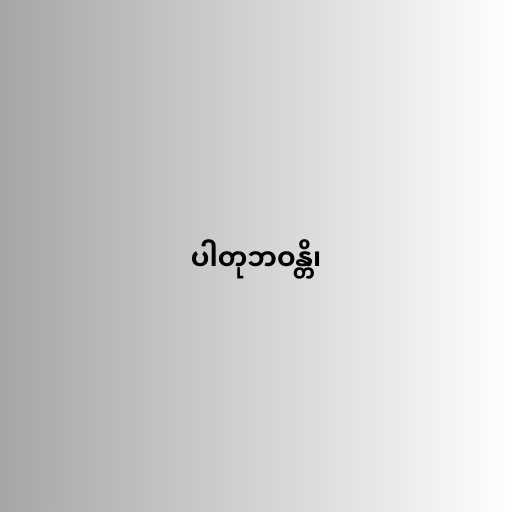
ပါတုဘဝန္တိ၊